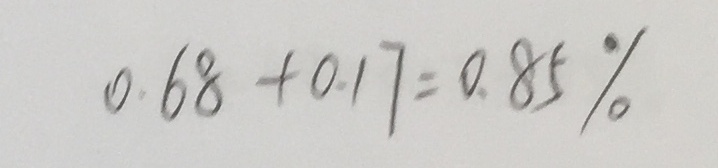
0 . 6 8 + 0 . 1 7 = 0 . 8 5 \%